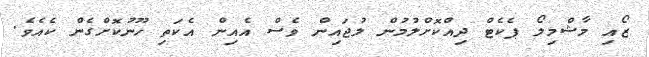
ޒޯއި މާޝްމިލޯ ޕެކެޓް ދިއްކޮށްލުމުން ލުޖައިން ވެސް އެއިން އެކަތި ހޫނުކޮށްގެން ކެއެވެ.